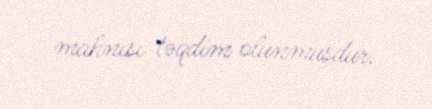
mahnısı təqdim olunmuşdur.